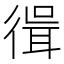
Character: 𢕃